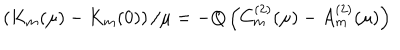
\left( K _ { m } ( \mu ) - K _ { m } ( 0 ) \right) / \mu = - Q \left( C _ { m } ^ { ( 2 ) } ( \mu ) - A _ { m } ^ { ( 2 ) } ( \mu ) \right)